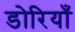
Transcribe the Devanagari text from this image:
डोरियाँ